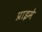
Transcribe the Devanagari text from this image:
प्राइमे